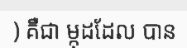
) គឺជា ម្កុដដែល បាន